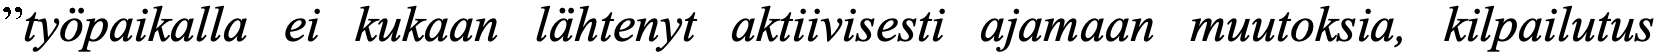
”työpaikalla ei kukaan lähtenyt aktiivisesti ajamaan muutoksia, kilpailutus